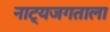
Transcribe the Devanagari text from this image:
नाट्यजगताला